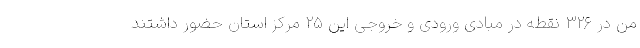
من در ۳۲۶ نقطه در مبادی ورودی و خروجی این ۲۵ مرکز استان حضور داشتند